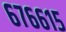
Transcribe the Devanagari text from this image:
६७६६१५